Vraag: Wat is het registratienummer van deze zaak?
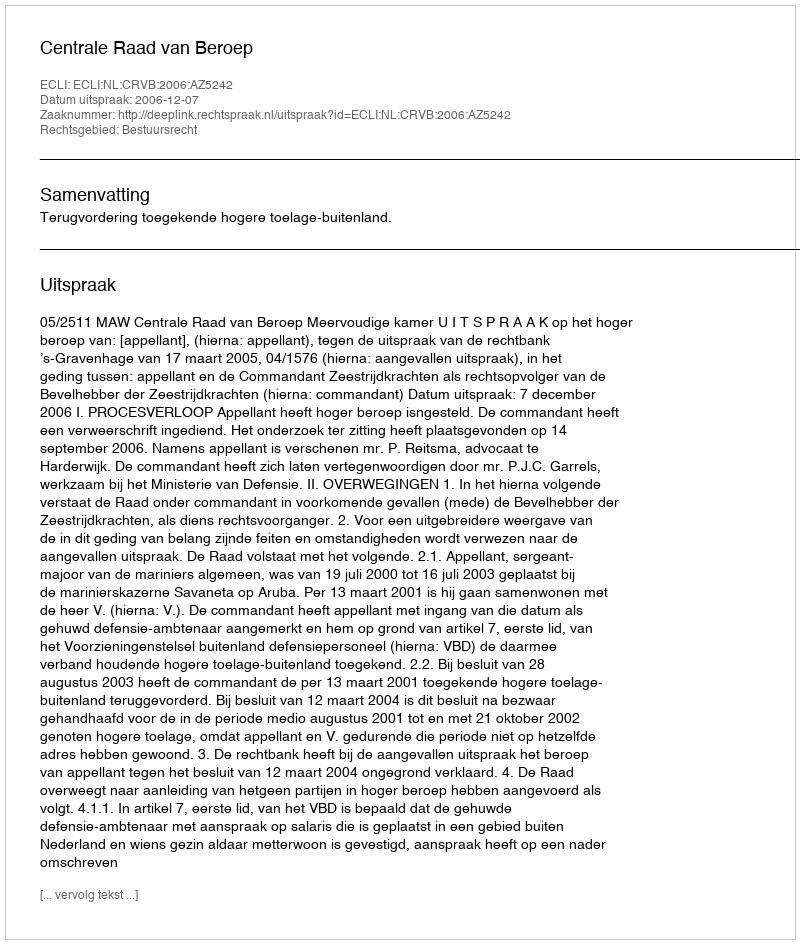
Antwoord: http://deeplink.rechtspraak.nl/uitspraak?id=ECLI:NL:CRVB:2006:AZ5242